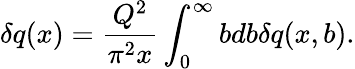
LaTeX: \delta q(x)=\frac{Q^{2}}{\pi^{2}x}\int_{0}^{\infty}bdb\delta q(x,b).